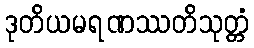
ဒုတိယမရဏဿတိသုတ္တံ